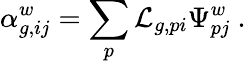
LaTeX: \alpha_{g,ij}^{w}=\sum_{p}\mathcal{L}_{g,pi}\Psi_{pj}^{w}~.